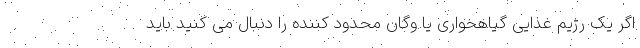
اگر یک رژیم غذایی گیاهخواری یا وگان محدود کننده را دنبال می کنید باید